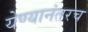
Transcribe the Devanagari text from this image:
येण्यानंतरच